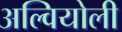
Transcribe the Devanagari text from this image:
अल्वियोली